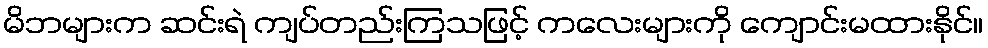
မိဘများက ဆင်းရဲ ကျပ်တည်းကြသဖြင့် ကလေးများကို ကျောင်းမထားနိုင်။